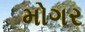
મોગર